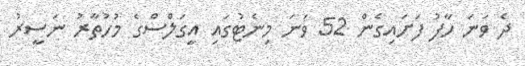
ދެ ވަނަ ހާފު ފަށައިގެން 52 ވަނަ މިނެޓުގައި އީގަލްސްގެ މުހުތާރު ނަސީރު